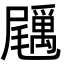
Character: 𡳲